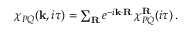
\begin{array} { r } { \chi _ { P Q } ( \mathbf { k } , i \tau ) = \sum _ { \mathbf { R } } e ^ { - i \mathbf { k } \cdot \mathbf { R } } \, \chi _ { P Q } ^ { \mathbf { R } } ( i \tau ) \, . } \end{array}